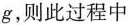
g，则此过程中